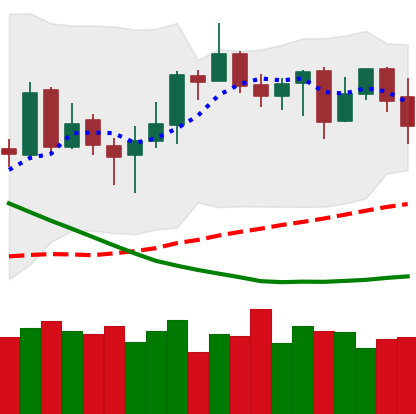
Ticker: NEO-USD
Chart end date: 2019-03-25
Forward return: 9.411%
Label: up_7plus